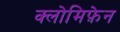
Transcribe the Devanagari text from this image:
क्लोमिफ़ेन